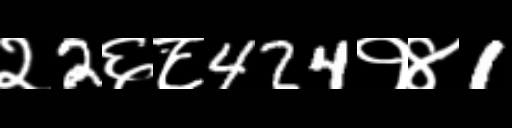
Text: २2६८424१४1